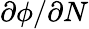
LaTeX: \partial\phi/\partial N